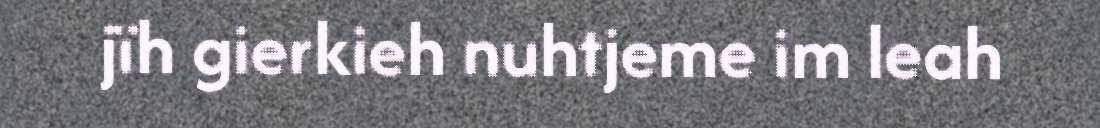
jïh gierkieh nuhtjeme im leah